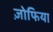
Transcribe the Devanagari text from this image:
ज़ोफिया